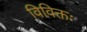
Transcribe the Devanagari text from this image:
विविक्तः